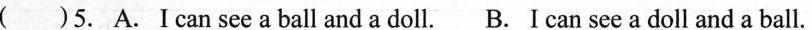
( )5. A.Ican see a ball and a doll. B. I can see a doll and a ball.